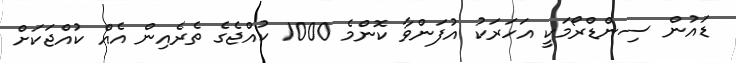
ޑައުން ސިންޑްރޯމަކީ އަހަރަކު އުފަންވާ ކޮންމެ 1000 ކުއްޖެގެ ތެރެއިން އެއް ކުއްޖަކަށް